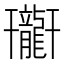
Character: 𪚟